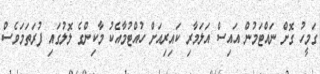
ގަމީހު ގޮށް ނައްޓަމުން އައިސް އަލަމާރި ކައިރިއަށް ހުއްޓުމާއެކު މާކިންގެ ލޮލުގައި ފުރަތަމަވެސް